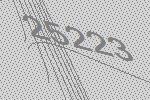
25223